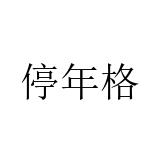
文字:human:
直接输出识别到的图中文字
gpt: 停年格